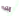
إنتبه